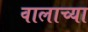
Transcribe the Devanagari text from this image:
वालाच्या